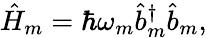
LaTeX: \hat{H}_{m}=\hbar\omega_{m}\hat{b}_{m}^{\dagger}\hat{b}_{m},